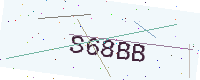
Text: S68BB